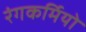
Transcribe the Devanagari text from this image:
रंगकर्मियो